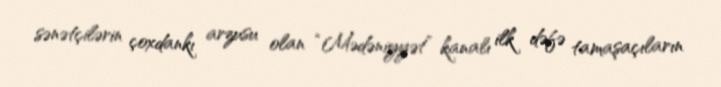
sənətçilərin çoxdankı arzusu olan “Mədəniyyət” kanalı ilk dəfə tamaşaçıların